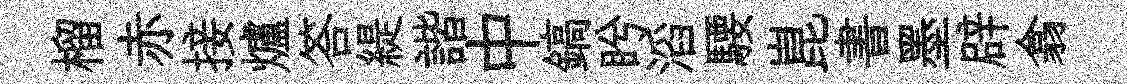
榴赤接爐答緹諧中鎬盻滔騕崑書墨辟翕